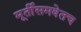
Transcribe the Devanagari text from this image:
मूर्तीसमवेतच